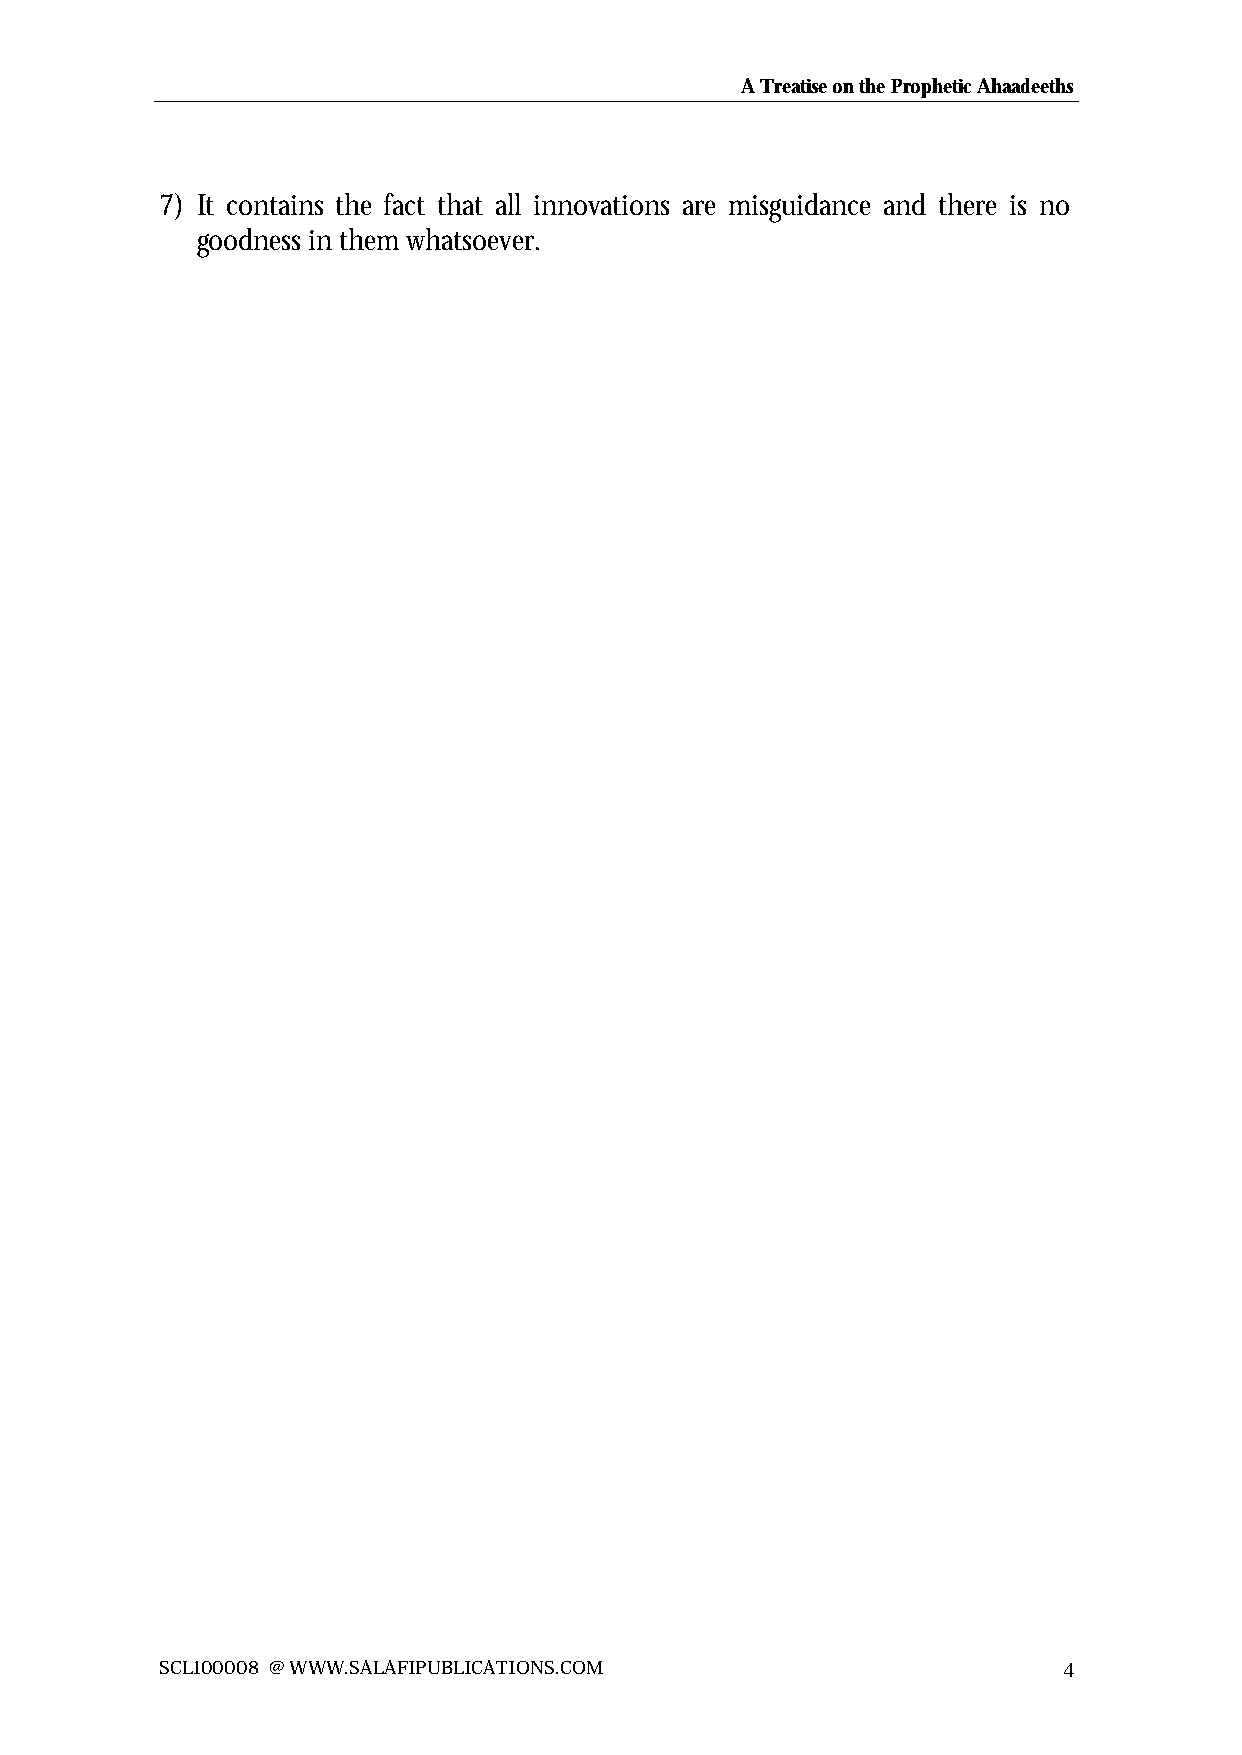
A Treatise on the Prophetic Ahaadeeths
 7) It contains the fact that all innovations are misguidance and there is no
 goodness in them whatsoever.
 SCL100008 @ WWW.SALAFIPUBLICATIONS.COM                     4